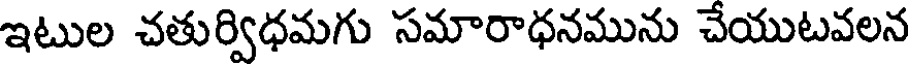
ఇటుల చతుర్విధమగు సమారాధనమును చేయుటవలన